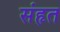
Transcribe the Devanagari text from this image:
संहृत